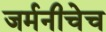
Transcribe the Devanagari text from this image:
जर्मनीचेच